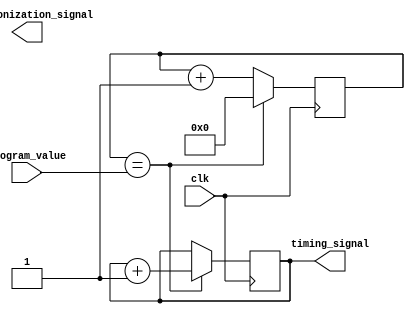
module timing_control_block(
    input wire clk,
    input wire [7:0] program_value,
    output reg [7:0] timing_signal,
    output reg [1:0] synchronization_signal
);

reg [31:0] counter;

always @(posedge clk) begin
    if (counter == program_value) begin
        timing_signal <= timing_signal + 1;
        counter <= 0;
    end else begin
        counter <= counter + 1;
    end
end

always @(posedge clk) begin
    // Synchronization logic here
end

endmodule